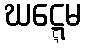
ဃဋ္ဋေမ